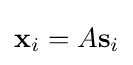
\mathbf {x} _{i}=A\mathbf {s} _{i}